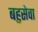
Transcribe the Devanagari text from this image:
बहुसेवा